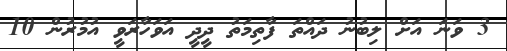
3 ވަނަ އަށް ލިބުނު ދައްތަ ފާތިމަތު ދީދީ އަވަހާރަވީ އުމުރުން 10